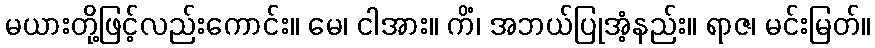
မယားတို့ဖြင့်လည်းကောင်း။ မေ၊ ငါအား။ ကိံ၊ အဘယ်ပြုအံ့နည်း။ ရာဇ၊ မင်းမြတ်။